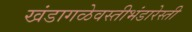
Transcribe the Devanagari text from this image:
खंडागळेवस्तीभंडारेस्ती